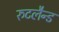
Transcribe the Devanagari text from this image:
रुटलैन्ड